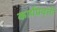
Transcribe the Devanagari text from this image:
कार्यप्रवृत्ती